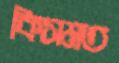
কিসমত